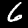
Digit: 6